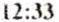
12:33